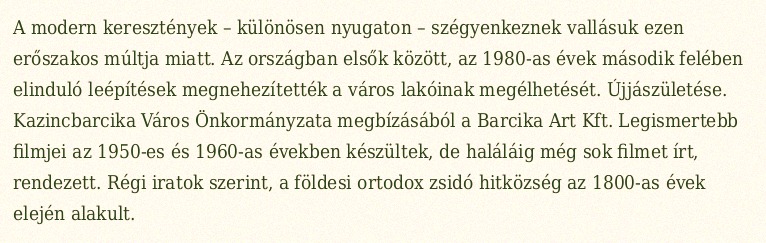
A modern keresztények – különösen nyugaton – szégyenkeznek vallásuk ezen erőszakos múltja miatt. Az országban elsők között, az 1980-as évek második felében elinduló leépítések megnehezítették a város lakóinak megélhetését. Újjászületése. Kazincbarcika Város Önkormányzata megbízásából a Barcika Art Kft. Legismertebb filmjei az 1950-es és 1960-as években készültek, de haláláig még sok filmet írt, rendezett. Régi iratok szerint, a földesi ortodox zsidó hitközség az 1800-as évek elején alakult.